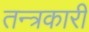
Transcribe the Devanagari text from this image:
तन्त्रकारी